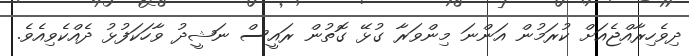
ދިވެހިރާއްޖެއަށް ކުރަމުން އަންނަ މިންވަރާ ގުޅޭ ގޮތުން ރައީސް ނަޝީދު ވާހަކަފުޅު ދެއްކެވިއެވެ.